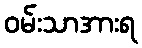
ဝမ်းသာအားရ